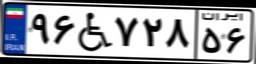
۳۲W۵۸۷۰۴